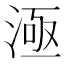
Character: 𣷉